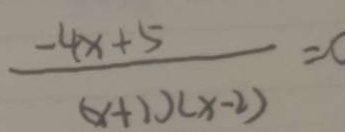
\frac { - 4 x + 5 } { ( x + 1 ) ( x - 2 ) } = c